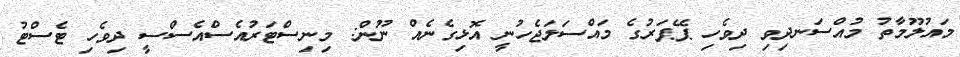
މައުލޫމާތު މުއްސަނދިވި ދިވެހި ޕޭޕަރުގެ މައްސަލަޖެހުނީ އޮޅިގެނެއް ނޫން: މިނިސްޓަރުއެސްއެސްސީ ދިވެހި ޓެސްޓު